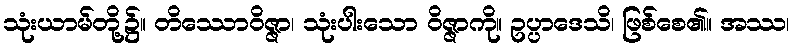
သုံးယာမ်တို့၌။ တိဿောဝိဇ္ဇာ၊ သုံးပါးသော ဝိဇ္ဇာကို။ ဥပ္ပာဒေသိ၊ ဖြစ်စေ၏။ အဿ၊